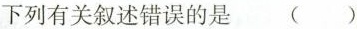
下列有关叙述错误的是 ()